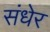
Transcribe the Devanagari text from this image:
संधेर